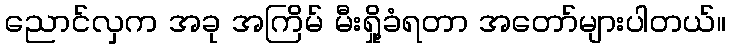
ညောင်လှက အခု အကြိမ် မီးရှို့ခံရတာ အတော်များပါတယ်။